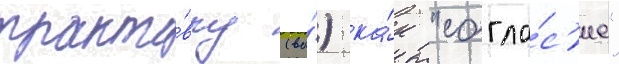
тракто́вку (ва́) ка́к "согла́с'ие"